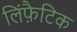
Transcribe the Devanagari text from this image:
लिंफ़ैटिक